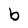
Character: b